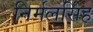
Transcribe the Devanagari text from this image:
निर्मलसिंह